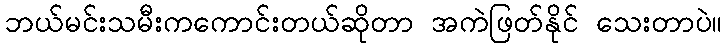
ဘယ်မင်းသမီးကကောင်းတယ်ဆိုတာ အကဲဖြတ်နိုင် သေးတာပဲ။